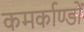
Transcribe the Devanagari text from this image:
कमर्काण्डों